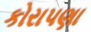
કોરાપણા